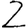
Digit: 2